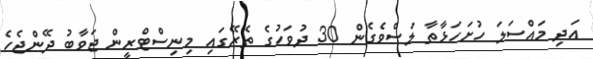
އަދި މައްސަލަ ހުށަހަޅާތާ ލަސްވެގެން 30 ދުވަހުގެ ތެރޭގައި މިނިސްޓްރީން ޖަވާބު ދޭންޖެހެ